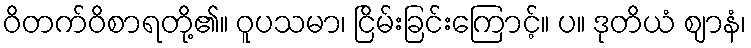
ဝိတက်ဝိစာရတို့၏။ ဝူပသမာ၊ ငြိမ်းခြင်းကြောင့်။ ပ။ ဒုတိယံ ဈာနံ၊